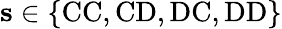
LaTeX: \mathbf{s}\in\{ \mathrm{CC},\mathrm{CD},\mathrm{DC},\mathrm{DD}\}